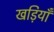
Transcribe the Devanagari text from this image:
खड़ियाँ